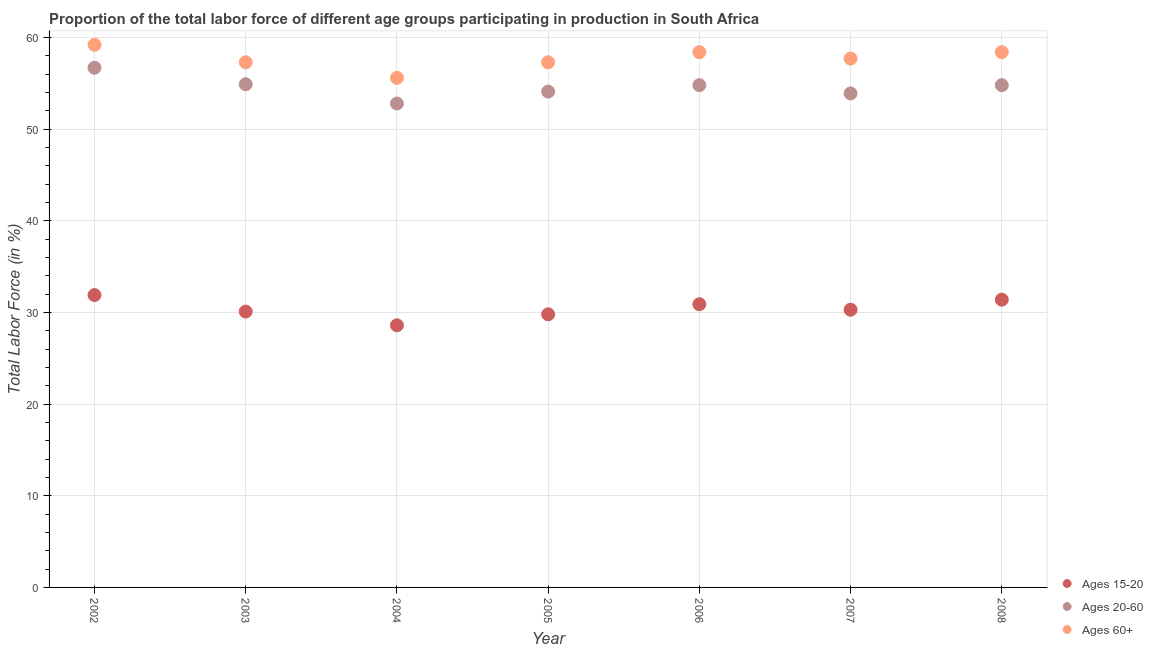
| Year | Ages 15-20 | Ages 20-60 | Ages 60+ |
 | --- | --- | --- | --- |
 | 2002 | 31.9 | 56.7 | 59.2 |
 | 2003 | 30.1 | 54.9 | 57.3 |
 | 2004 | 28.6 | 52.8 | 55.6 |
 | 2005 | 29.8 | 54.1 | 57.3 |
 | 2006 | 30.9 | 54.8 | 58.4 |
 | 2007 | 30.3 | 53.9 | 57.7 |
 | 2008 | 31.4 | 54.8 | 58.4 |